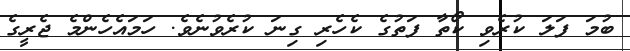
ބުމަ ފަލަ ކުރެވި ކޯތާ ފަތުގެ ކެހެރި ގިނަ ކުރެވުނެވެ. ހަމައެހެންމެ ޖެރީގެ